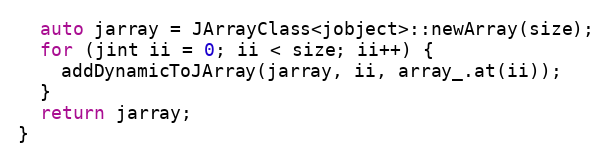
Language: C++
  auto jarray = JArrayClass<jobject>::newArray(size);
  for (jint ii = 0; ii < size; ii++) {
    addDynamicToJArray(jarray, ii, array_.at(ii));
  }
  return jarray;
}